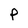
Character: P